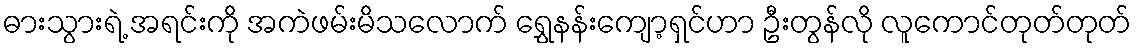
ဓားသွားရဲ့ အရင်းကို အကဲဖမ်းမိသလောက် ရွှေနန်းကျော့ရှင်ဟာ ဦးတွန်လို လူကောင်တုတ်တုတ်